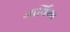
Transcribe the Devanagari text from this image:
आर्थिका